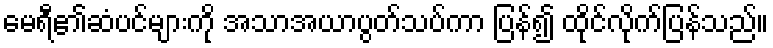
မေရီ၏ဆံပင်များကို အသာအယာပွတ်သပ်ကာ ပြန်၍ ထိုင်လိုက်ပြန်သည်။